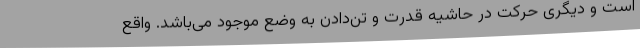
است و دیگری حرکت در حاشیه قدرت و تن‌دادن به وضع موجود می‌باشد. واقع